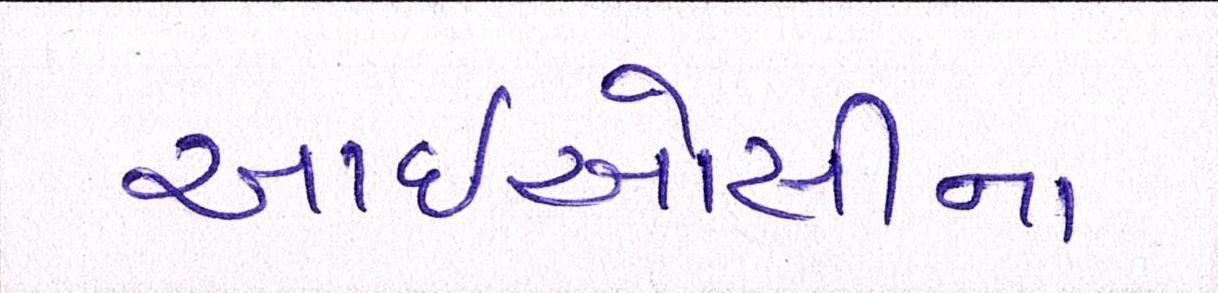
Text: આઈઓસીના